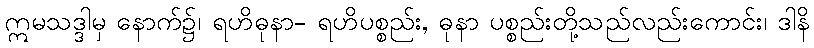
ဣမသဒ္ဒါမှ နောက်၌၊ ရဟိဓုနာ- ရဟိပစ္စည်း, ဓုနာ ပစ္စည်းတို့သည်လည်းကောင်း၊ ဒါနိ